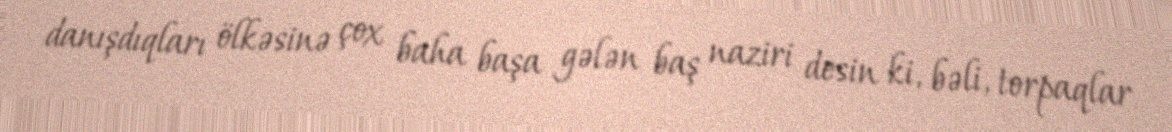
danışdıqları ölkəsinə çox baha başa gələn baş naziri desin ki, bəli, torpaqlar